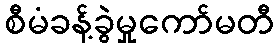
စီမံခန့်ခွဲမှုကော်မတီ